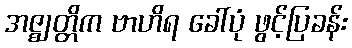
အဇ္ဈတ္တိက ဗာဟိရ ခေါ်ပုံ ဖွင့်ပြခန်း